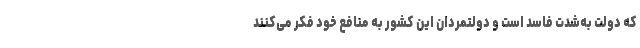
که دولت به‌شدت فاسد است و دولتمردان این کشور به منافع خود فکر می‌کنند